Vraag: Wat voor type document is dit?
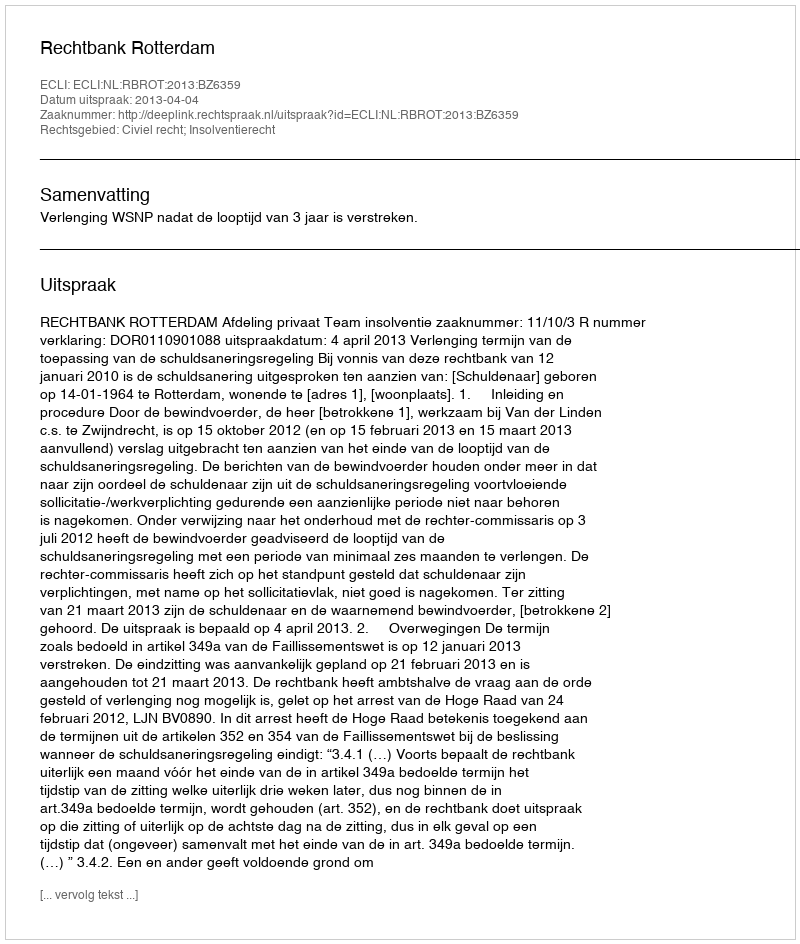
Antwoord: Uitspraak